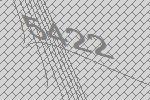
5422